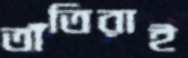
তাঁতিরাই